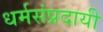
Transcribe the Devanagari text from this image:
धर्मसंप्रदायी